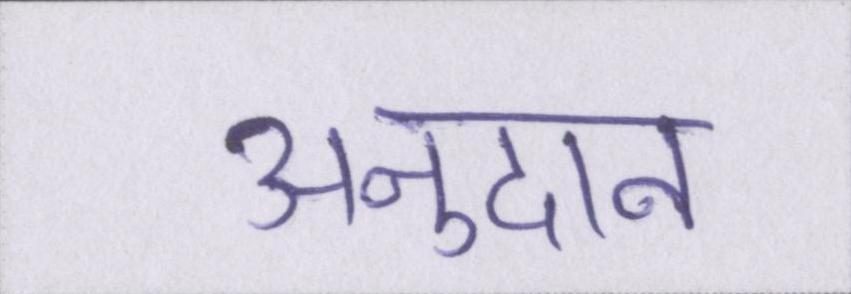
अनुदान